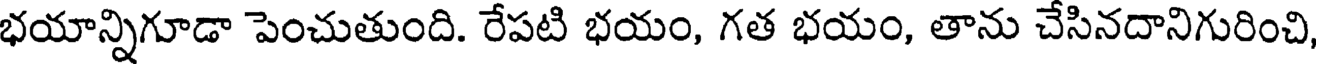
భయాన్నిగూడా పెంచుతుంది. రేపటి భయం, గత భయం, తాను చేసినదానిగురించి